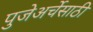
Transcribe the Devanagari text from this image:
पुजेअर्चेसाठी